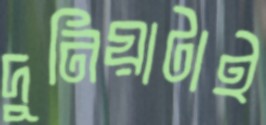
দুনিয়াটাই